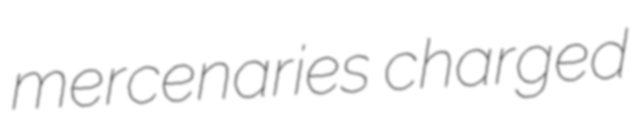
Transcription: mercenaries charged